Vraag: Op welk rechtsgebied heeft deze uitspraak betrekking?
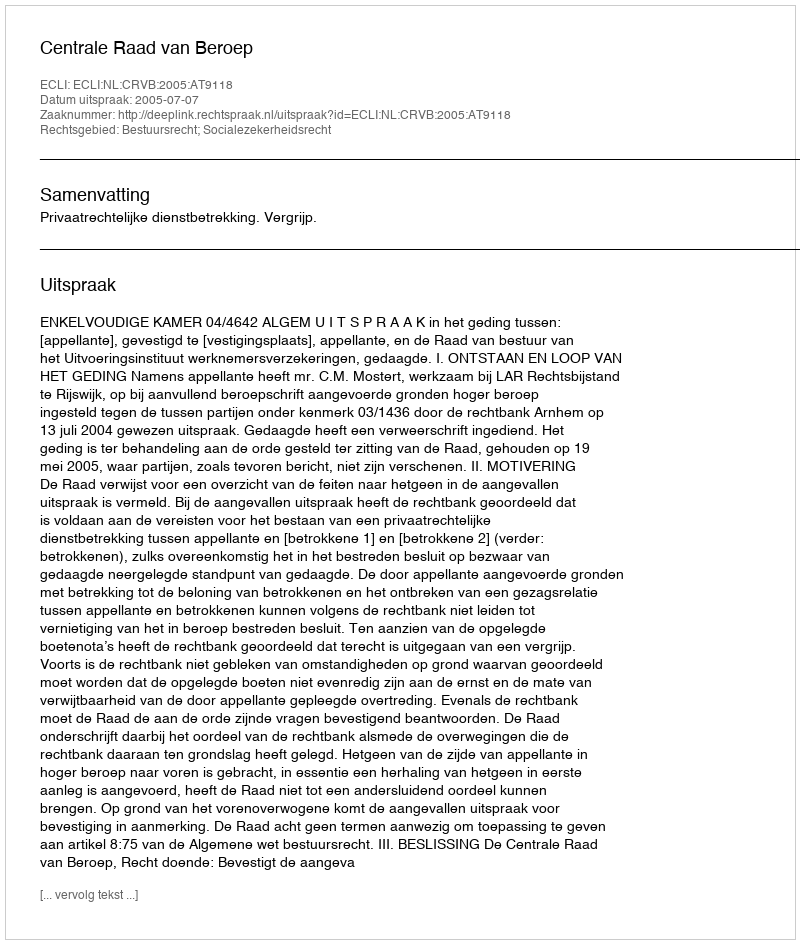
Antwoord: Bestuursrecht; Socialezekerheidsrecht